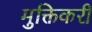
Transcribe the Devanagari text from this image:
मुक्तिकरी